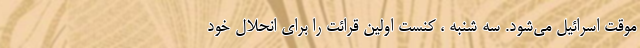
موقت اسرائیل می‌شود. سه شنبه ، کنست اولین قرائت را برای انحلال خود